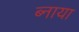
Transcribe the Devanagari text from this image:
ब्नाया